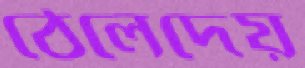
ঠেলেদেয়